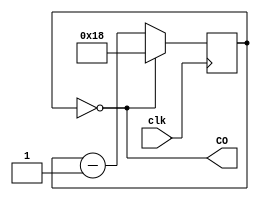
module Gen_ce05us(input clk,   output wire CO);

  parameter F50MHz= 50000000;
  parameter F1MHz = 2000000;
	
	reg  [15:0] cb_Nus = 0;
	wire [15:0] Nus = F50MHz/F1MHz-1;
  
	assign CO = (cb_Nus == 0);
	always @(posedge clk) begin
		cb_Nus <= ((cb_Nus==0) ? Nus : cb_Nus-1);
	end

endmodule